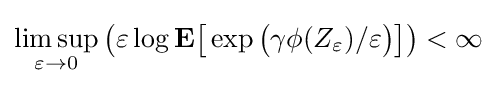
\limsup _{\varepsilon \to 0}{\big (}\varepsilon \log \mathbf {E} {\big [}\exp {\big (}\gamma \phi (Z_{\varepsilon })/\varepsilon {\big )}{\big ]}{\big )}<\infty